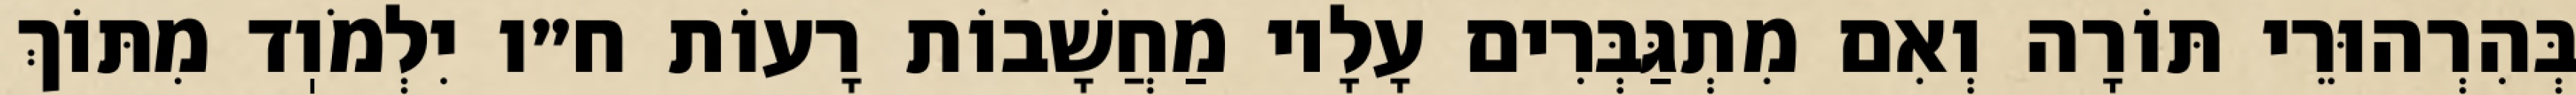
בְּהִרְהוּרֵי תּוֹרָה וְאִם מִתְגַּבְּרִים עָלָיו מַחֲשָׁבוֹת רָעוֹת ח״ו יִלְמֹוֽד מִתּוֹךְ